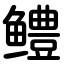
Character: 鳢